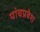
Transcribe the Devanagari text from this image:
पांचप्रवेश